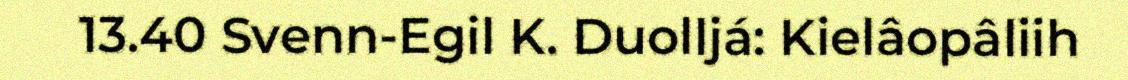
13.40 Svenn-Egil K. Duolljá: Kielâopâliih